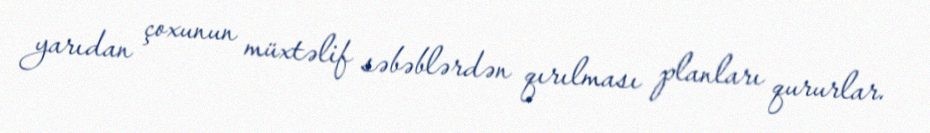
yarıdan çoxunun müxtəlif səbəblərdən qırılması planları qururlar.